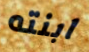
ابنته